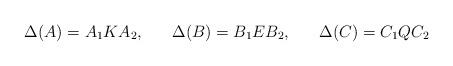
LaTeX: \begin{align*}\Delta (A) = A_1KA_2, \hspace{7mm} \Delta(B)=B_1EB_2, \hspace{7mm} \Delta (C) = C_1QC_2\end{align*}